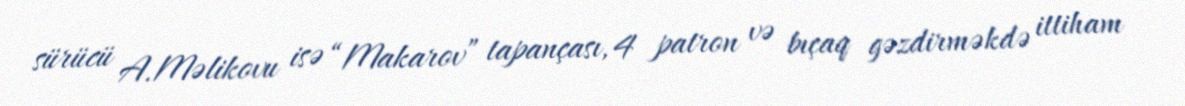
sürücü A.Məlikovu isə “Makarov” tapançası, 4 patron və bıçaq gəzdirməkdə ittiham